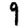
Digit: 9